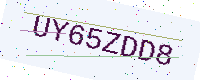
Text: UY65ZDD8